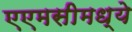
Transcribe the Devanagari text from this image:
एएमसीमध्ये